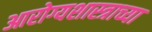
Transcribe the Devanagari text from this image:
आरोग्यशास्त्राच्या